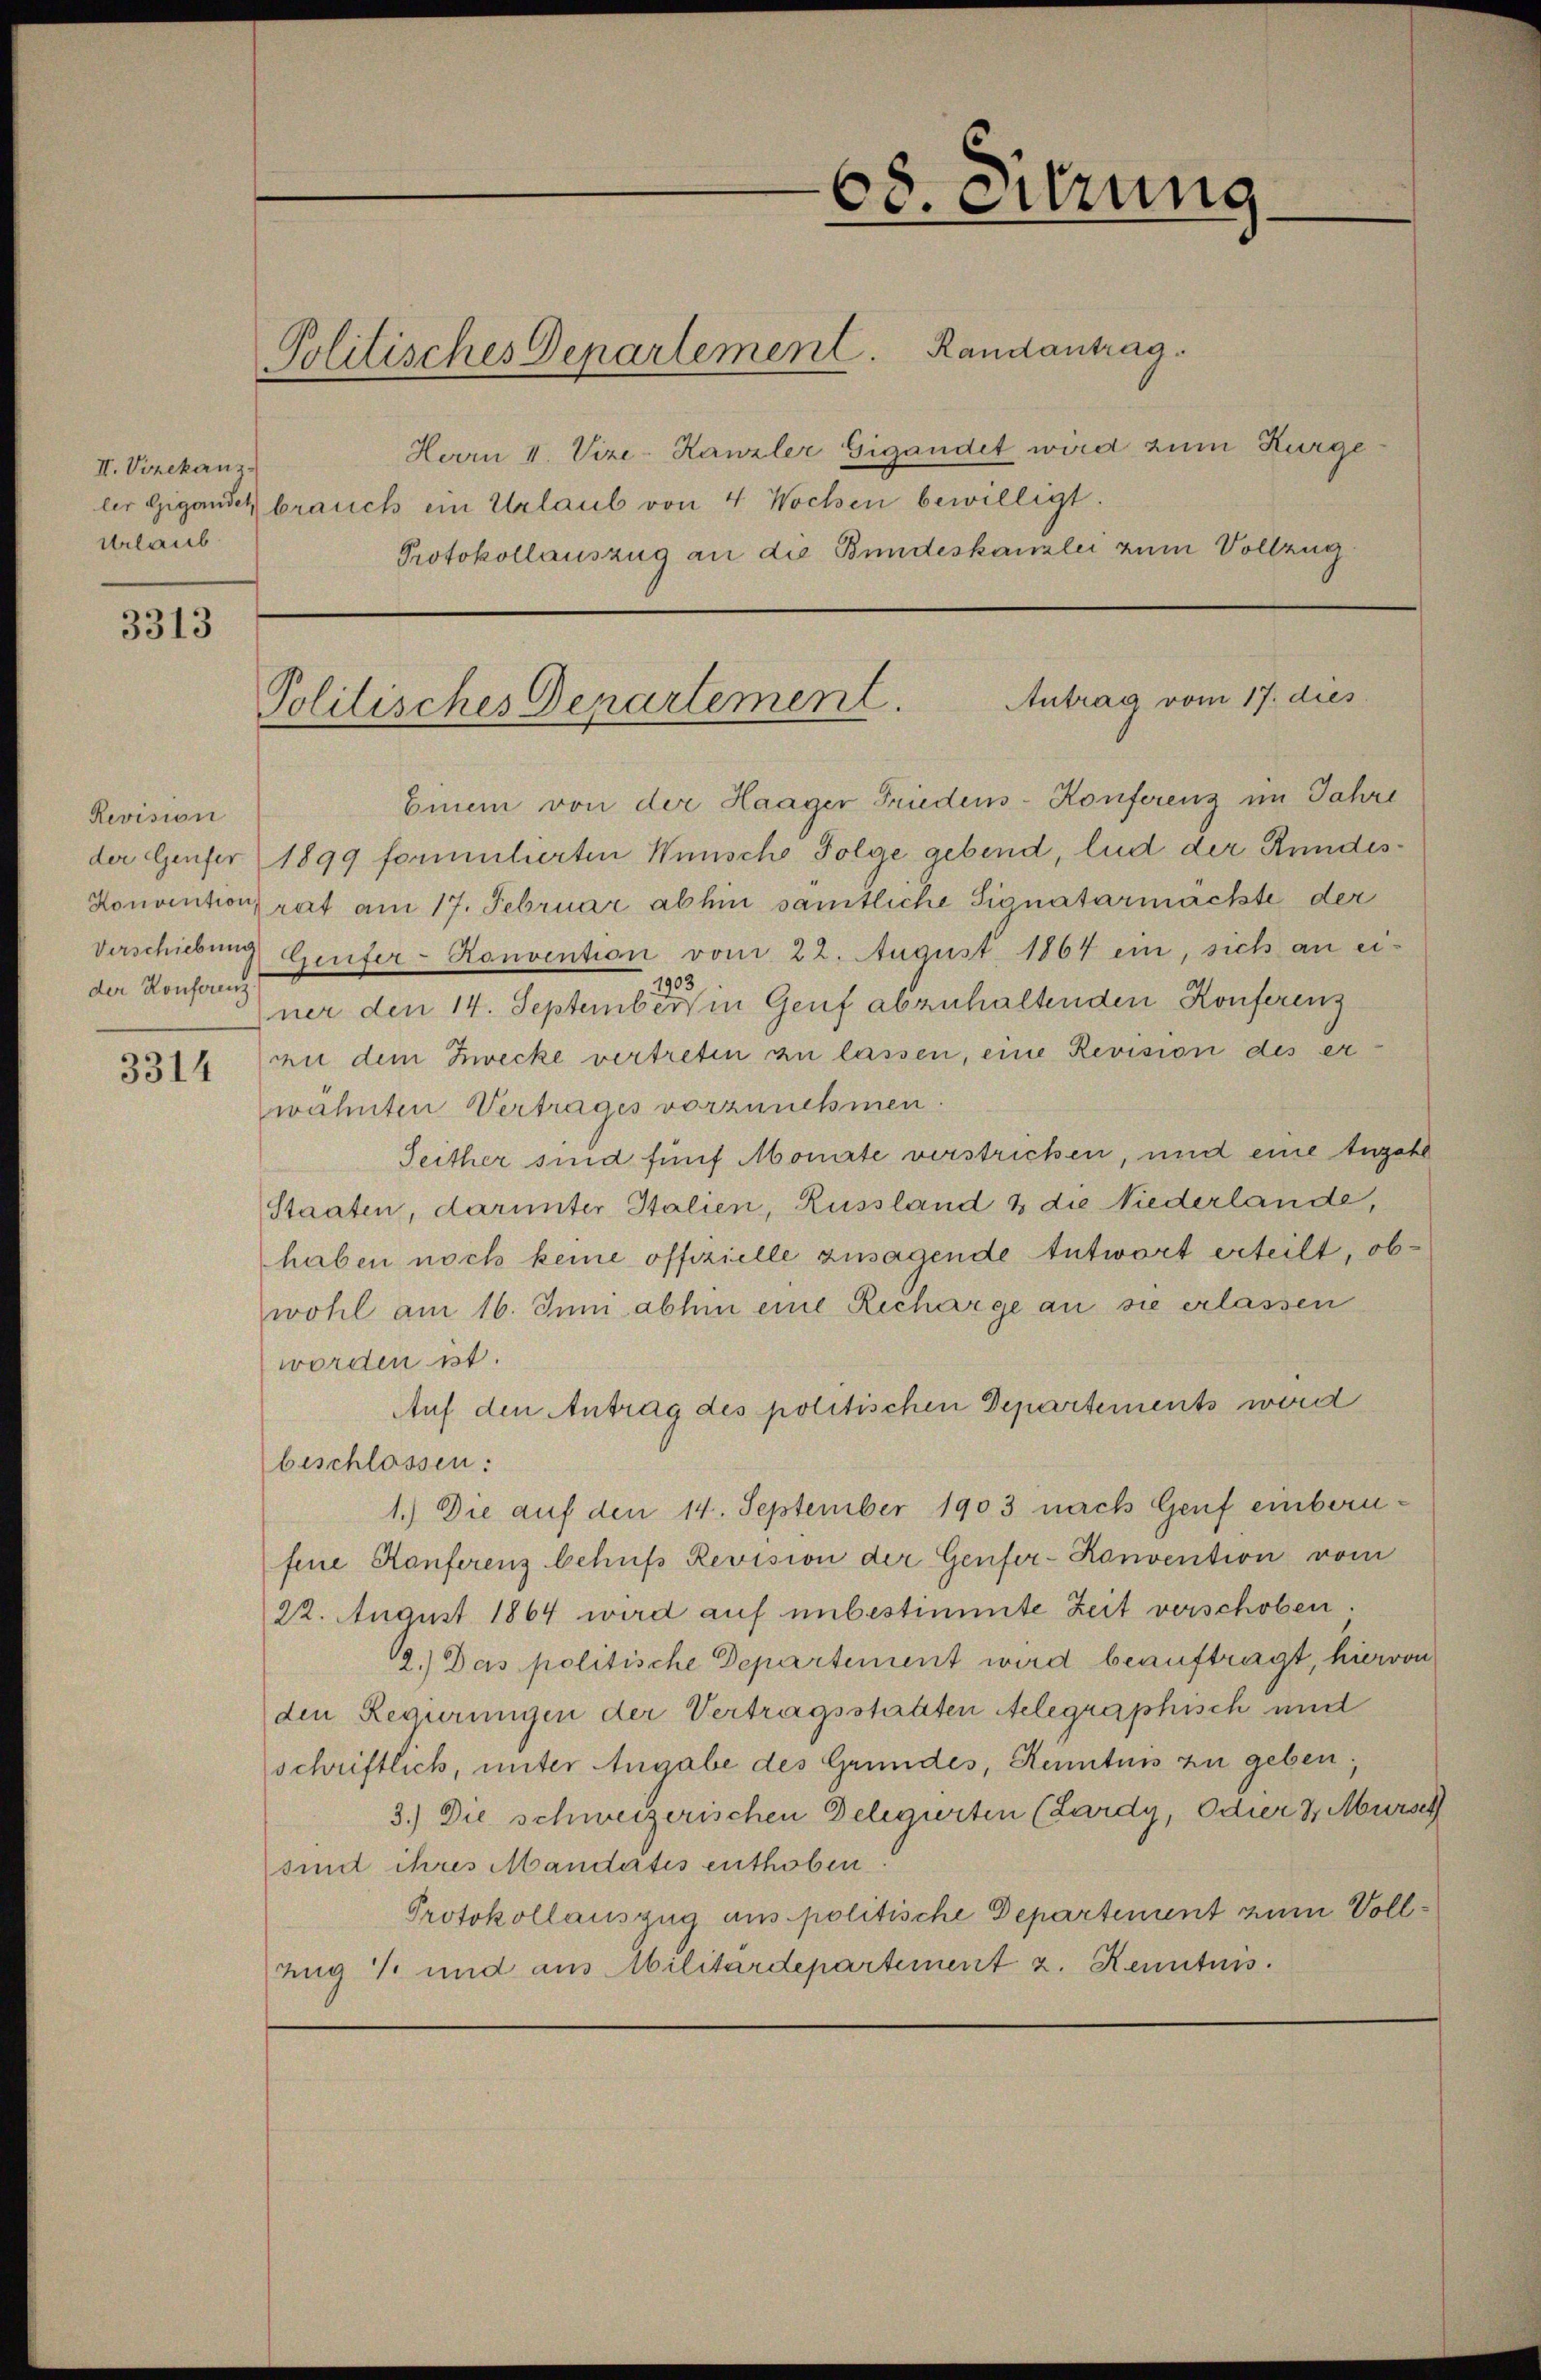
II. Vizekanz
Urlaub

3313

Revision
der Konferenz

3314

68. Sitzung

Politisches Departement. Randantrag.
Herrn I. Vize-Kanzler Gigandet wird zum Kurge
ler Gigander brauch ein Urlaub von 4 Wochen bewilligt.
Protokollauszug an die Bundeskanzlei zum Vollzug

Antrag vom 17. dies
Politisches Departement.

Einem von der Haager Friedens-Konferenz im Jahre
der Genfer 1899 formulierten Wünsche Folge gebend, lud der Rundes¬
Konventionsrat am 17. Februar abhin sämtliche Signatarmächte der
Verschiebung Genfer-Konvention vom 22. August 1864 ein, sich an einer den 14. September in Genf abzuhaltenden Konferenz
an dem Zwecke vertreten zu lassen, eine Revision des erwähnten Vertrages vorzunehmen
Seither sind fünf Monate verstricken, und eine Anzahl
Staaten, darunter Italien, Russland & die Niederlande,
haben noch keine offizielle zusagende Antwort erteilt, ob
wohl am 16. Juni abhin eine Recharge an sie erlassen
worden ist.
Auf den Antrag des politischen Departements werd
beschlossen:
1.) Die auf den 14. September 1903 nach Genf einberufene Konferenz behufs Revision der Genfer-Konvention vom
22. August 1864 wird auf unbestimmte Zeit verschoben.
2.) Das politische Departement wird beauftragt, hiervon
den Regierungen der Vertragsstatten Atelegraphisch und
schriftlich, unter Angabe des Grundes, Kenntnis zu geben;
3.) Die schweizerischen Delegierten (Lardy, Odier & Mursch
sind ihres Mandates enthoben.
Protokollauszug aus politische Departement zum Voll¬
Zug 1 und aus Militärdepartement z. Kenntnis.